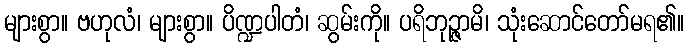
များစွာ။ ဗဟုလံ၊ များစွာ။ ပိဏ္ဍပါတံ၊ ဆွမ်းကို။ ပရိဘုဉ္ဇာမိ၊ သုံးဆောင်တော်မရ၏။